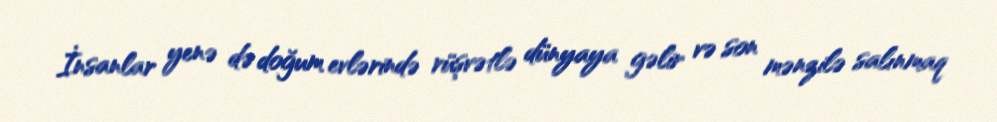
İnsanlar yenə də doğum evlərində rüşvətlə dünyaya gəlir və son mənzilə salınmaq